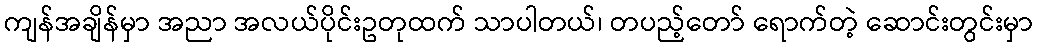
ကျန်အချိန်မှာ အညာ အလယ်ပိုင်းဥတုထက် သာပါတယ်၊ တပည့်တော် ရောက်တဲ့ ဆောင်းတွင်းမှာ